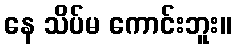
နေ သိပ်မ ကောင်းဘူး။